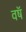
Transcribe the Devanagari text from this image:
वषॅ